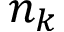
n _ { k }